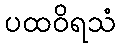
ပထဝိရသံ